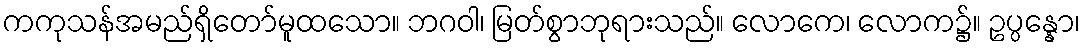
ကကုသန်အမည်ရှိတော်မူထသော။ ဘဂဝါ၊ မြတ်စွာဘုရားသည်။ လောကေ၊ လောက၌။ ဥပ္ပန္နော၊